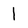
Character: I